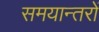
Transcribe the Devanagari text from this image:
समयान्तरों